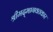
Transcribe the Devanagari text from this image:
श्रीमद्‌भागवतकार